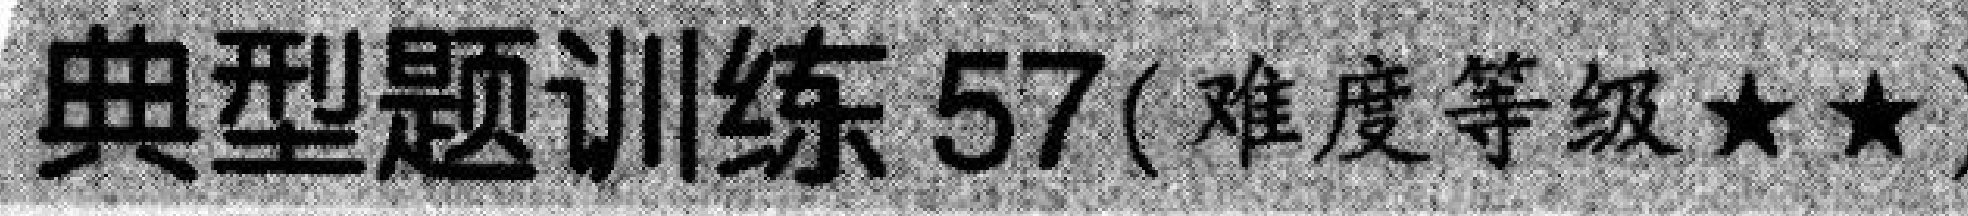
典型题训练 57(难度等级$\star\star$)